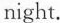
night.